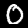
Label: 0